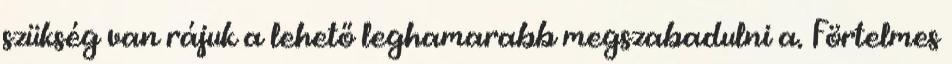
szükség van rájuk a lehető leghamarabb megszabadulni a. Förtelmes